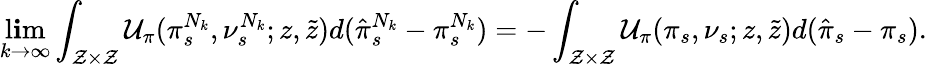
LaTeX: \operatorname*{l\mathbf{i}m}_{k\rightarrow\infty}\int_{\mathcal{{Z}}\times\mathcal{{Z}}}\mathcal{{U}}_{\pi}(\pi_{s}^{N_{k}},\nu_{s}^{N_{k}};z,\tilde{{z}})d(\hat{{\pi}}_{s}^{N_{k}}-\pi_{s}^{N_{k}})=-\int_{\mathcal{{Z}}\times\mathcal{{Z}}}\mathcal{{U}}_{\pi}(\pi_{s},\nu_{s};z,\tilde{{z}})d(\hat{{\pi}}_{s}-\pi_{s}).